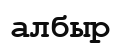
албыр